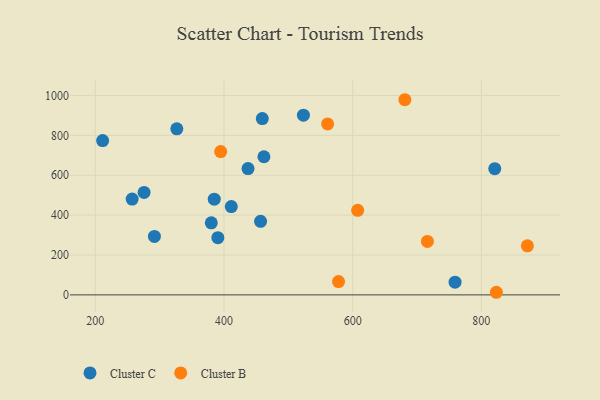
{"axis": {"x": "Investment", "y": "Yield"}, "legend": ["Cluster B", "Cluster C"], "data": [{"x": "462.0", "y": 692.8, "type": "Cluster C"}, {"x": "326.6", "y": 832.7, "type": "Cluster C"}, {"x": "456.8", "y": 368.9, "type": "Cluster C"}, {"x": "211.3", "y": 773.7, "type": "Cluster C"}, {"x": "759.1", "y": 64.0, "type": "Cluster C"}, {"x": "291.8", "y": 293.4, "type": "Cluster C"}, {"x": "275.7", "y": 514.0, "type": "Cluster C"}, {"x": "411.3", "y": 442.9, "type": "Cluster C"}, {"x": "384.8", "y": 480.0, "type": "Cluster C"}, {"x": "257.2", "y": 480.3, "type": "Cluster C"}, {"x": "390.4", "y": 286.9, "type": "Cluster C"}, {"x": "437.3", "y": 633.6, "type": "Cluster C"}, {"x": "459.5", "y": 884.1, "type": "Cluster C"}, {"x": "380.2", "y": 361.3, "type": "Cluster C"}, {"x": "523.4", "y": 901.5, "type": "Cluster C"}, {"x": "820.8", "y": 633.1, "type": "Cluster C"}, {"x": "716.1", "y": 268.1, "type": "Cluster B"}, {"x": "561.0", "y": 857.3, "type": "Cluster B"}, {"x": "578.0", "y": 66.8, "type": "Cluster B"}, {"x": "607.7", "y": 424.2, "type": "Cluster B"}, {"x": "871.5", "y": 245.9, "type": "Cluster B"}, {"x": "394.8", "y": 719.0, "type": "Cluster B"}, {"x": "823.3", "y": 13.1, "type": "Cluster B"}, {"x": "681.1", "y": 978.8, "type": "Cluster B"}]}